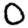
Digit: 0